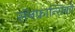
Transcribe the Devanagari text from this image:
सॅनफ्रान्सिको